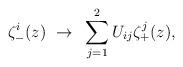
LaTeX: \begin{align*}\zeta_-^i(z)~\rightarrow~\sum_{j=1}^2 U_{ij}\zeta_+^j(z),\end{align*}